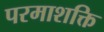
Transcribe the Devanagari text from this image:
परमाशक्ति